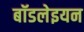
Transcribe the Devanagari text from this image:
बॉडलेइयन